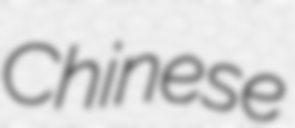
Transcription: Chinese